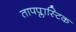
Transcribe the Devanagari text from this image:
तापप्लास्टिक